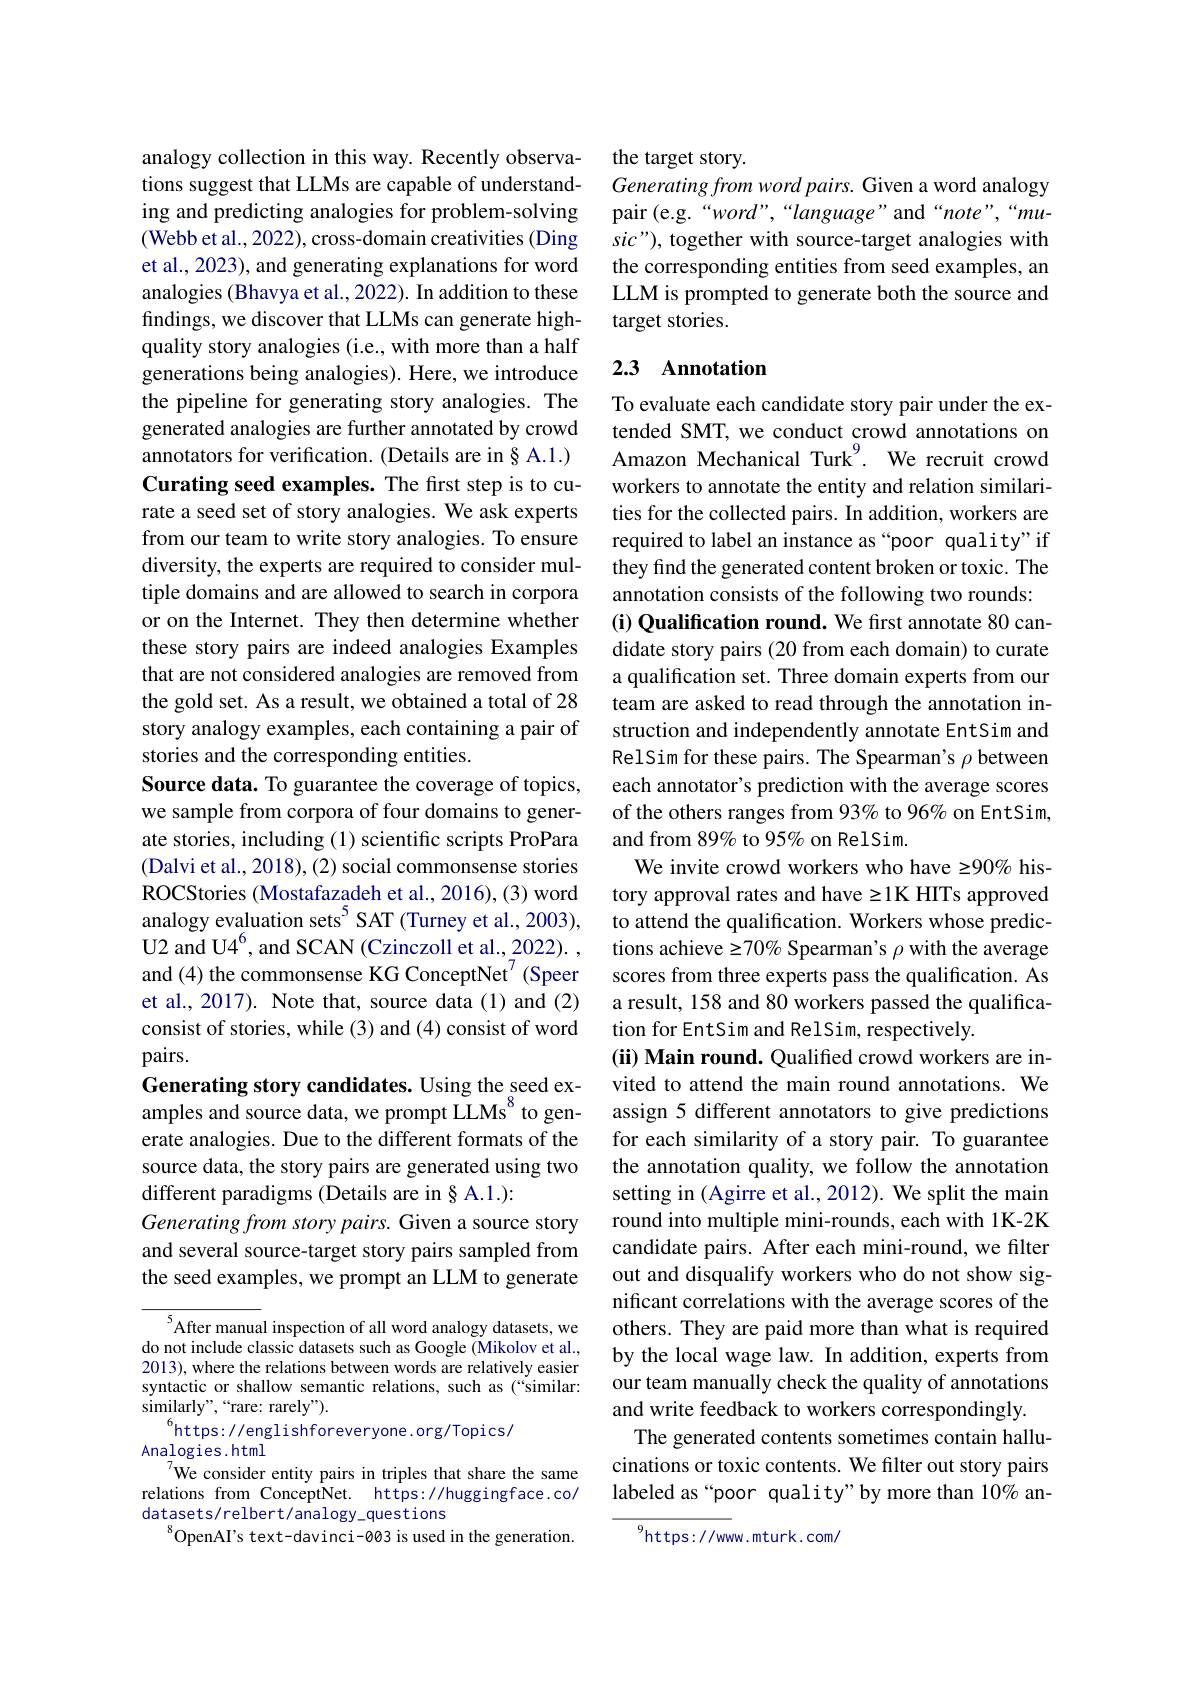
analogy collection in this way. Recently observations suggest that LLMs are capable of understanding and predicting analogies for problem-solving (Webb et al., 2022), cross-domain creativities (Ding et al., 2023), and generating explanations for word analogies (Bhavya et al., 2022). In addition to these findings, we discover that LLMs can generate highquality story analogies (i.e., with more than a half generations being analogies). Here, we introduce the pipeline for generating story analogies. The generated analogies are further annotated by crowd annotators for verification. (Details are in§ A.1.) Curating seed examples. The first step is to curate a seed set of story analogies. We ask experts from our team to write story analogies. To ensure diversity, the experts are required to consider multiple domains and are allowed to search in corpora or on the Internet. They then determine whether these story pairs are indeed analogies Examples that are not considered analogies are removed from the gold set. As a result, we obtained a total of 28 story analogy examples, each containing a pair of stories and the corresponding entities.
Source data. To guarantee the coverage of topics, we sample from corpora of four domains to generate stories, including (1) scientific scripts ProPara (Dalvi et al., 2018), (2) social commonsense stories ROCStories (Mostafazadeh et al., 2016), (3) word analogy evaluation sets$^{5}$ SAT (Turney et al., 2003), U2 and U$4^{6}$, and SCAN ( Czinczoll et al. , 2022) . , and (4) the commonsense KG ConceptNet$^7$(Speer et al., 2017). Note that, source data(1) and (2) consist of stories, while (3) and (4) consist of word pairs.
Generating story candidates. Using the seed examples and source data, we prompt LLMs$^{8}$ to generate analogies. Due to the different formats of the source data, the story pairs are generated using two different paradigms (Details are in § A.1.):
Generating from story pairs. Given a source story and several source-target story pairs sampled from the seed examples, we prompt an LLM to generate

$^{5}$After manual inspection of all word analogy datasets, we do not include classic datasets such as Google (Mikolov et al., 2013), where the relations between words are relatively easier syntactic or shallow semantic relations, such as (“similar: similarly" , “ rare: rarely" ).
$^{6}$https://englishforeveryone.org/Topics/
Analogies.html
$^{7}$We consider entity pairs in triples that share the same relations from ConceptNet. https://huggingface.co/ datasets/relbert/analogy_questions
$^{8}$OpenAI's text-davinci-003 is used in the generation.

the target story.
Generating from word pairs. Given a word analogy pair (e.g.“word”,“language”and“note”,“music"), together with source-target analogies with the corresponding entities from seed examples, an LLM is prompted to generate both the source and target stories.

## 2.3 Annotation

To evaluate each candidate story pair under the extended SMT, we conduct crowd annotations on Amazon Mechanical Turk$^{9}.$ We recruit crowd workers to annotate the entity and relation similarities for the collected pairs. In addition, workers are required to label an instance as “poor quality" if they find the generated content broken or toxic. The annotation consists of the following two rounds: (i) Qualification round. We first annotate 80 candidate story pairs (20 from each domain) to curate a qualification set. Three domain experts from our team are asked to read through the annotation instruction and independently annotate EntSim and RelSim for these pairs. The Spearman's $\rho$ between each annotator's prediction with the average scores of the others ranges from 93% to 96% on EntSim, and from 89% to 95% on RelSim.
We invite crowd workers who have 290% history approval rates and have z1K HITs approved to attend the qualification. Workers whose predictions achieve $\geq70\%$ Spearman's $\rho$ with the average scores from three experts pass the qualification. As a result, 158 and 80 workers passed the qualification for EntSim and RelSim, respectively.
(ii) Main round. Qualified crowd workers are invited to attend the main round annotations. We assign 5 different annotators to give predictions for each similarity of a story pair. To guarantee the annotation quality, we follow the annotation setting in (Agirre et al., 2012). We split the main round into multiple mini-rounds, each with 1K-2K candidate pairs. After each mini-round, we filter out and disqualify workers who do not show significant correlations with the average scores of the others. They are paid more than what is required by the local wage law. In addition, experts from our team manually check the quality of annotations and write feedback to workers correspondingly.
The generated contents sometimes contain hallucinations or toxic contents. We filter out story pairs labeled as“poor quality”by more than 10% an-
$^{9}$https://www.mturk.com/